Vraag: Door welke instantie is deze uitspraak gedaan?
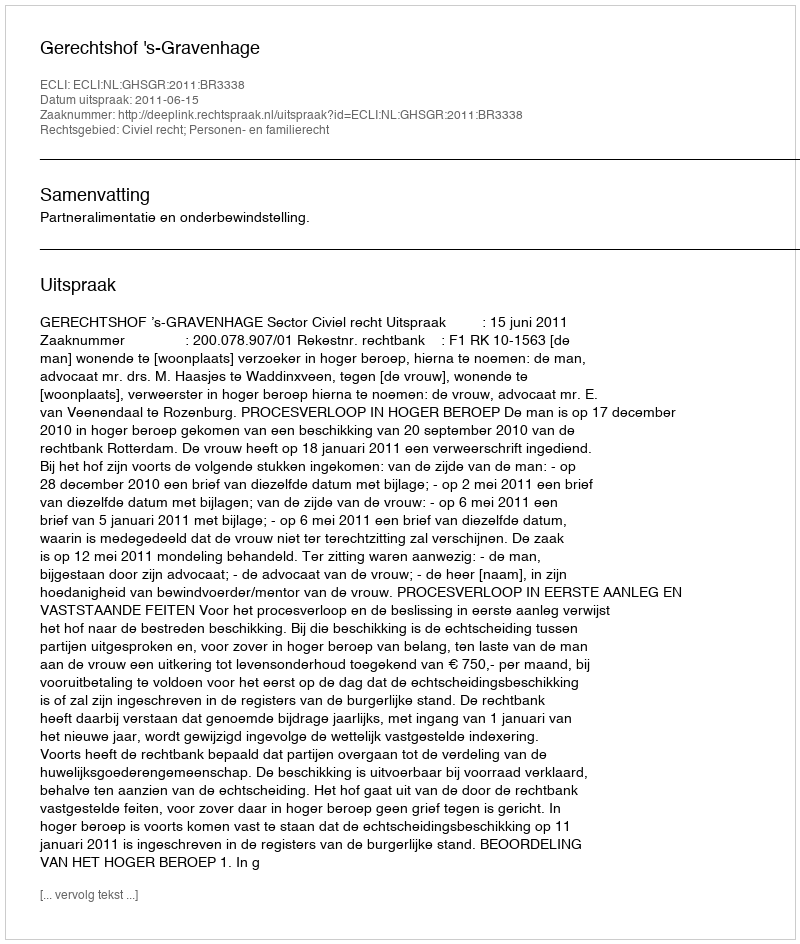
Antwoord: Gerechtshof 's-Gravenhage